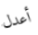
أعدل